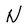
Character: N